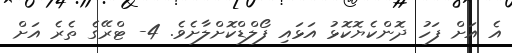
އެ އަށް ފަހު ދޮންކެޔޮކޮޅު އަޅައި ފޯލްޑްކޮށްލާށެވެ. 4- ޓްރޭގެ ތެރެ އަށް